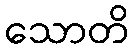
သောတိ